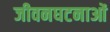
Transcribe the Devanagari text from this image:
जीवनघटनाओं